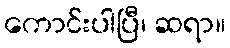
ကောင်းပါပြီ၊ ဆရာ။